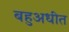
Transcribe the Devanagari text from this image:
बहुअधीत